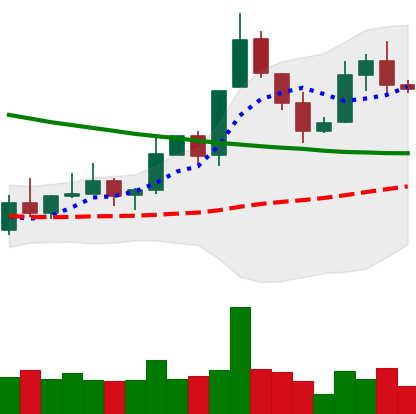
Ticker: XLM-USD
Chart end date: 2019-11-13
Forward return: -10.802%
Label: down_7plus